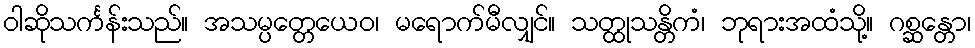
ဝါဆိုသင်္ကန်းသည်။ အသမ္ပတ္တေယေဝ၊ မရောက်မီလျှင်။ သတ္ထုသန္တိကံ၊ ဘုရားအထံသို့။ ဂစ္ဆန္တော၊